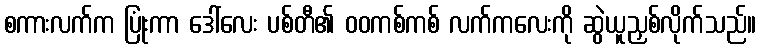
စကားလက်က ပြုံးကာ ဒေါ်လေး ပစ်တီ၏ ဝဝကစ်ကစ် လက်ကလေးကို ဆွဲယူညှစ်လိုက်သည်။